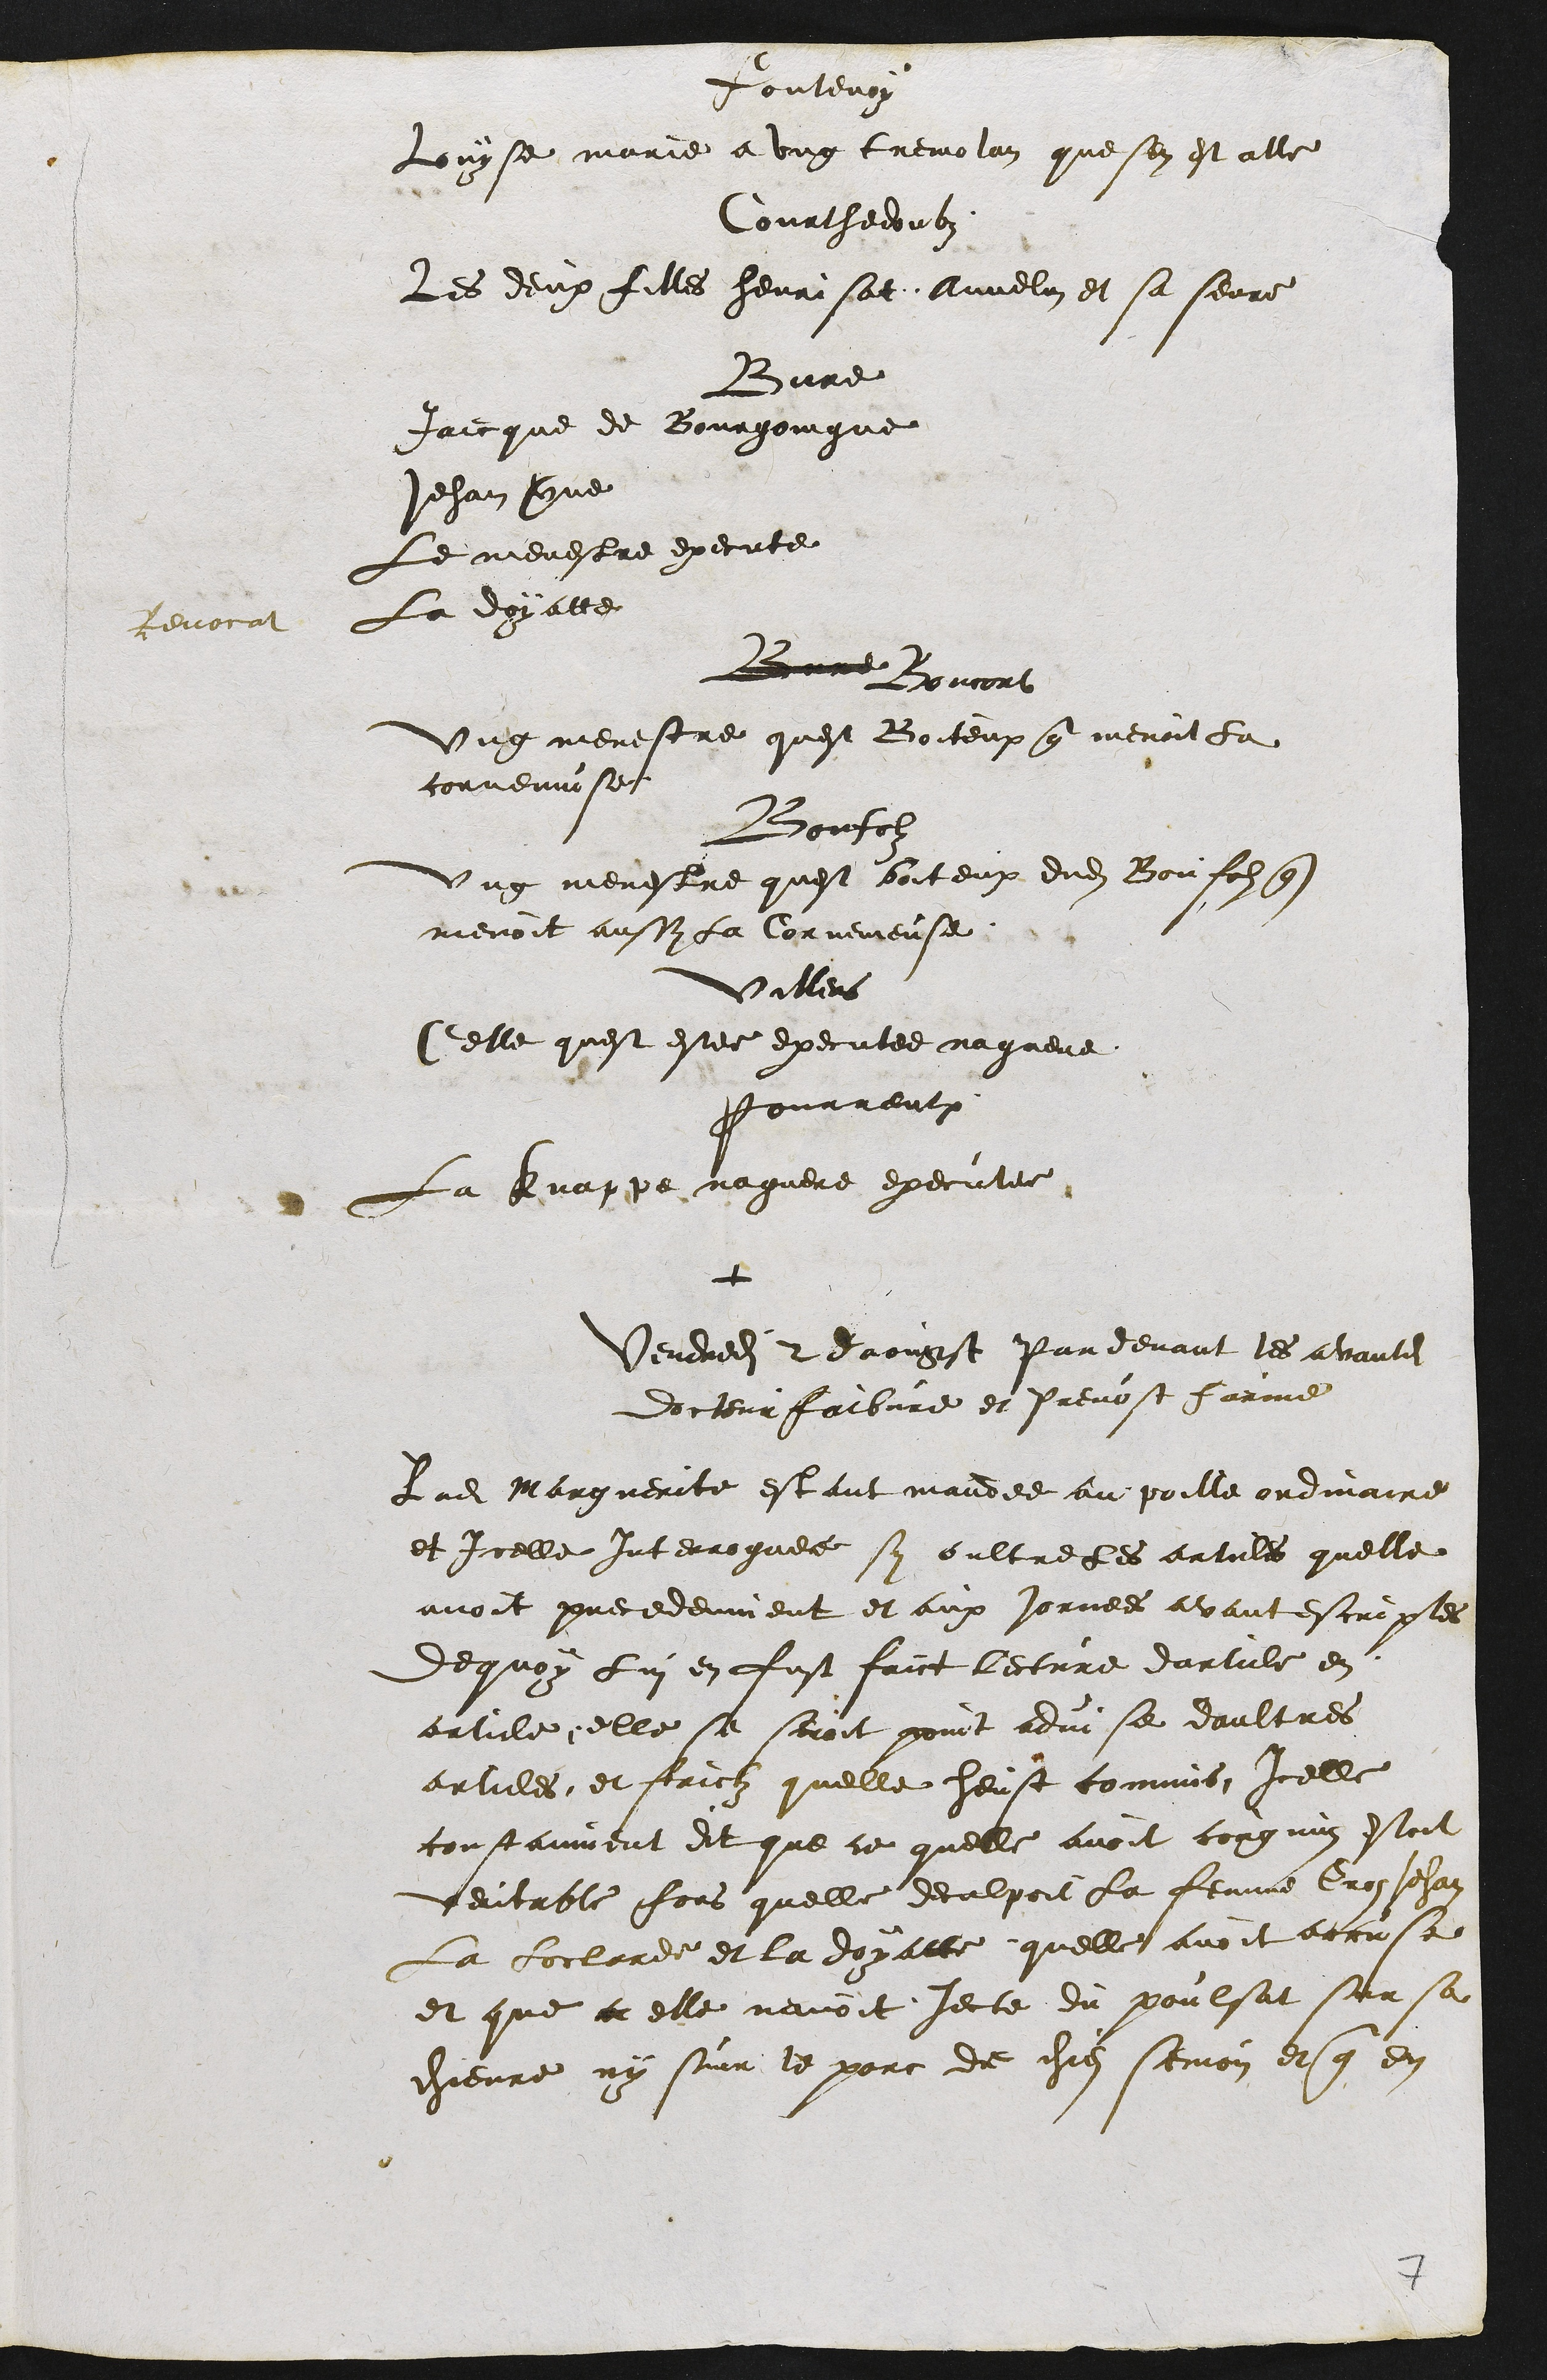
Fontenoy :
Louyse marie a ung tremolan que sen est alle
Courthedoubz :
Les deux filles henrisat Annelin et sa seure
Bure :
Jaicque de Bourgoingne
Johan verne
Le menestre execute
Revocat : La Doyatte
Bure Boncort :
Ung menestre quest Boiteux que menoit la
cornemuse
Bonfolz :
Ung menestre quest boiteux dudit Bonfolz que
menoit aussy la Cornemeuse
Villers :
Celle quest estee executee naguere
Pourrentruy :
La Knappe naguere executee
+
Vendredi 2 daougst par devant les avantdits
Docteur Faibvre et prevost Farine
Ladite Marguerite estant mandee au poille ordinaire
et Icelle Interroguee sy oultre les articles quelle
avoit precedemment et aux jornees avant escriptes
De quoy Lui en fust faict lecture darticle en
article, elle se seroit point advise daultres
articles, et faictz quelle heust commis, Icelle
constamment dit que ce quelle avoit congnuz estoit
veritable fors quelle deculpoit la femme Groz Jehan
la Loclarde et la doyatte quelle avoit accuse
et que ce elle navoit jecte du poulsat sur sa
chievre ny sur le porc de chiez semon et que en